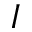
I